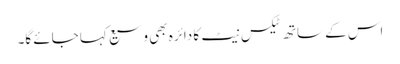
اس کے ساتھ ٹیکس نیٹ کا دائرہ بھی وسیع کہا جائے گا۔